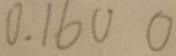
0 . 1 6 0 0